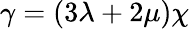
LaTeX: \gamma=(3\lambda+2\mu)\chi